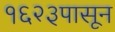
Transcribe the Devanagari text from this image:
१६२३पासून